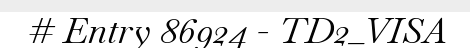
# Entry 86924 - TD2_VISA